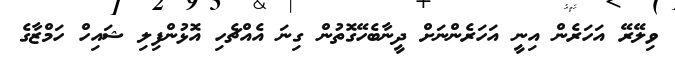
ވިލޭރޭ އަހަރެން އިނީ އަހަރެންނަށް ދީނާބެހޭގޮތުން ގިނަ އެއްޗެހި އޮޅުންފިލި ޝައިހް ހަމްޒާގެ